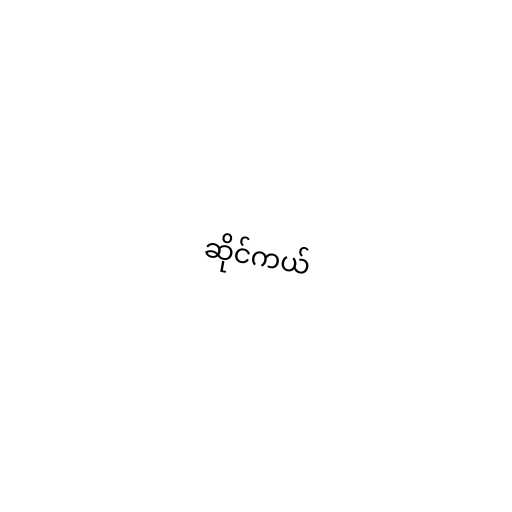
ဆိုင်ကယ်